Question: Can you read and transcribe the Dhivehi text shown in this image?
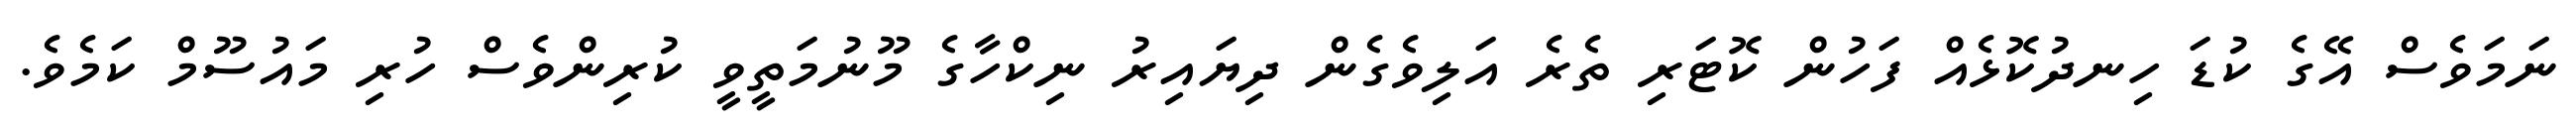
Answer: ނަމަވެސް އޭގެ ކުޑަ ހިނދުކޮޅެއް ފަހުން ކޮޓަރި ތެރެ އަލިވެގެން ދިޔައިރު ނިކްހާގެ މޫނުމަތީވީ ކުރިންވެސް ހުރި މައުސޫމް ކަމެވެ.